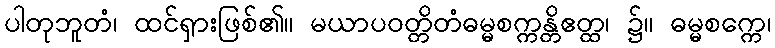
ပါတုဘူတံ၊ ထင်ရှားဖြစ်၏။ မယာပဝတ္တိတံဓမ္မစက္ကန္တိဧတ္ထ၊ ၌။ ဓမ္မစက္ကေ၊